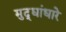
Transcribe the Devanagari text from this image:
मुद्द्यांधारे